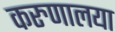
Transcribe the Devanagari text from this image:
करुणालया